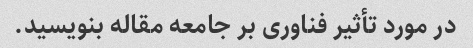
در مورد تأثیر فناوری بر جامعه مقاله بنویسید.